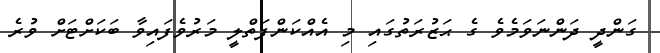
ގަންދީ ދަންނަވަމެވެ ގެ ޙަޒުރަތުގައި މި އެއްކަންފަތްލީ މަރުވެފައިވާ ބަކަށްޓަށް ވުރެ